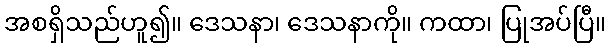
အစရှိသည်ဟူ၍။ ဒေသနာ၊ ဒေသနာကို။ ကထာ၊ ပြုအပ်ပြီ။